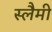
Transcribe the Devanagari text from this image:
स्लैमी